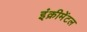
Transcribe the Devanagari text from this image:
इंक्रीमेंटल